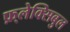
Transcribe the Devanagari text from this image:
फ़्लेक्सिबुल